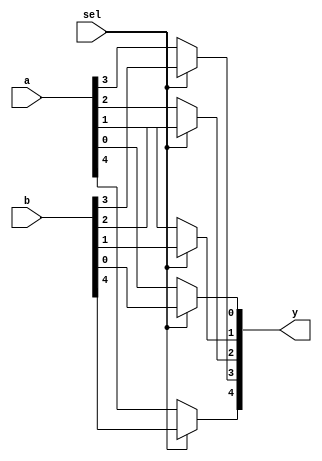
//mux before register
module mux_2 (a,b,sel,y);
input [4:0] a;
input [4:0] b;
output [4:0] y;
input sel;
reg [4:0] y;
integer i;

always@(a or b or sel) 
begin

if(sel==1'b0)begin

for(i=0;i<5;i=i+1) begin
y[i]= a[i];
end

end

else begin

for(i=0;i<5;i=i+1) begin
y[i]= b[i];
end

end

end

endmodule